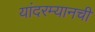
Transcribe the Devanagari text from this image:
यांदरम्यानची